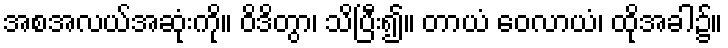
အစအလယ်အဆုံးကို။ ဝိဒိတွာ၊ သိပြီး၍။ တာယံ ဝေလာယံ၊ ထိုအခါ၌။